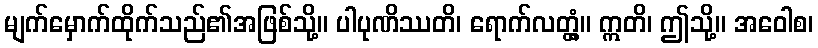
မျက်မှောက်ထိုက်သည်၏အဖြစ်သို့။ ပါပုဏိဿတိ၊ ရောက်လတ္တံ့။ ဣတိ၊ ဤသို့။ အဝေါစ၊